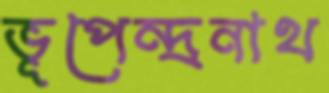
ভূপেন্দ্রনাথ